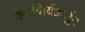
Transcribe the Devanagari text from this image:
कार्त्तवीर्यअर्जुन